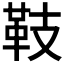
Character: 𩉨